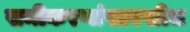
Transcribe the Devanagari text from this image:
समीकरणांसारखीच